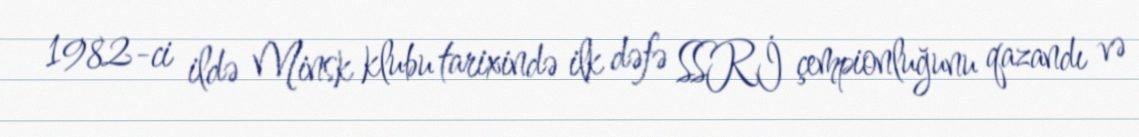
1982-ci ildə Minsk klubu tarixində ilk dəfə SSRİ çempionluğunu qazandı və